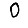
Digit: 0